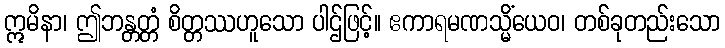
ဣမိနာ၊ ဤဘန္တတ္တံ စိတ္တဿဟူသော ပါဌ်ဖြင့်။ ဧကာရမဏသ္မိံယေဝ၊ တစ်ခုတည်းသော